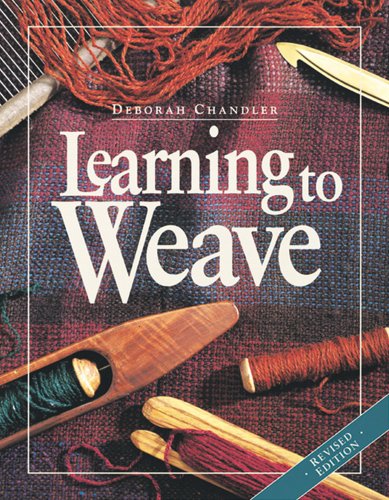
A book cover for Learning to Weave; Deborah Chandler; Crafts, Hobbies & Home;